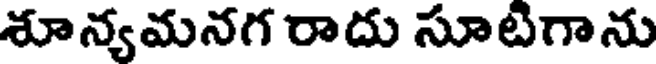
శూన్యమనగ రాదు సూటిగాను